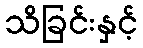
သိခြင်းနှင့်